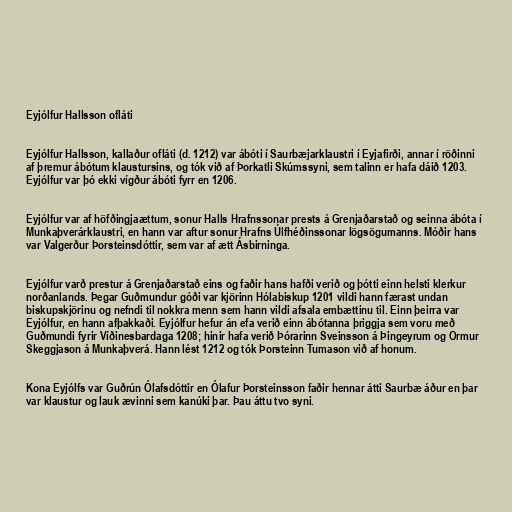
Eyjólfur Hallsson ofláti

Eyjólfur Hallsson, kallaður ofláti (d. 1212) var ábóti í Saurbæjarklaustri í Eyjafirði, annar í röðinni
af þremur ábótum klaustursins, og tók við af Þorkatli Skúmssyni, sem talinn er hafa dáið 1203.
Eyjólfur var þó ekki vígður ábóti fyrr en 1206.

Eyjólfur var af höfðingjaættum, sonur Halls Hrafnssonar prests á Grenjaðarstað og seinna ábóta í
Munkaþverárklaustri, en hann var aftur sonur Hrafns Úlfhéðinssonar lögsögumanns. Móðir hans
var Valgerður Þorsteinsdóttir, sem var af ætt Ásbirninga.

Eyjólfur varð prestur á Grenjaðarstað eins og faðir hans hafði verið og þótti einn helsti klerkur
norðanlands. Þegar Guðmundur góði var kjörinn Hólabiskup 1201 vildi hann færast undan
biskupskjörinu og nefndi til nokkra menn sem hann vildi afsala embættinu til. Einn þeirra var
Eyjólfur, en hann afþakkaði. Eyjólfur hefur án efa verið einn ábótanna þriggja sem voru með
Guðmundi fyrir Víðinesbardaga 1208; hinir hafa verið Þórarinn Sveinsson á Þingeyrum og Ormur
Skeggjason á Munkaþverá. Hann lést 1212 og tók Þorsteinn Tumason við af honum.

Kona Eyjólfs var Guðrún Ólafsdóttir en Ólafur Þorsteinsson faðir hennar átti Saurbæ áður en þar
var klaustur og lauk ævinni sem kanúki þar. Þau áttu tvo syni.